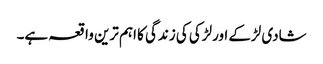
شادی لڑکے اورلڑکی کی زندگی کا اہم ترین واقعہ ہے۔